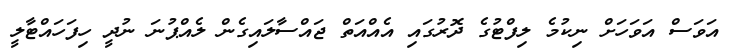
އަވަސް އަވަހަށް ނިކުމެ ލިފްޓުގެ ދޮރުގައި އެއްއަތް ޖައްސާލައިގެން ލެއްޕުނަ ނުދީ ހިފަހައްޓާލީ